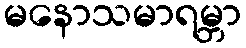
မနောသမာရမ္ဘာ